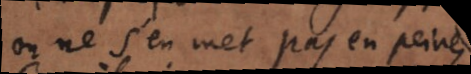
on ne s’en met pas en peine